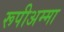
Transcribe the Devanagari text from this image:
रूपीअम्मा